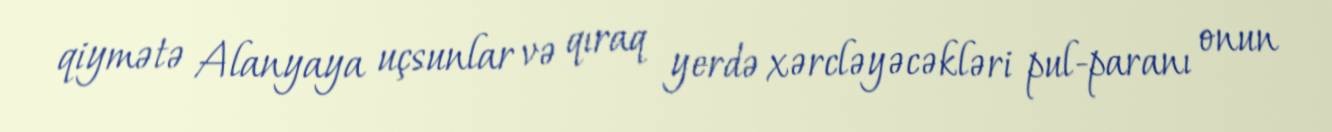
qiymətə Alanyaya uçsunlar və qıraq yerdə xərcləyəcəkləri pul-paranı onun